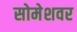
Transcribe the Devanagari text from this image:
सोमेशवर